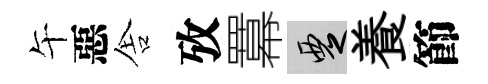
午惡舎攷羃覂養節